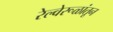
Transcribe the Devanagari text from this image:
रेल्वेरूळांतून